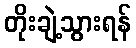
တိုးချဲ့သွားရန်